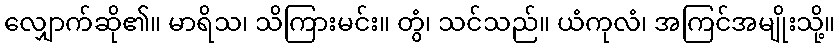
လျှောက်ဆို၏။ မာရိသ၊ သိကြားမင်း။ တွံ၊ သင်သည်။ ယံကုလံ၊ အကြင်အမျိုးသို့။